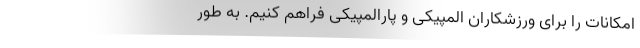
امکانات را برای ورزشکاران المپیکی و پارالمپیکی فراهم کنیم. به طور